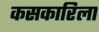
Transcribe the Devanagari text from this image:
कसकारिला